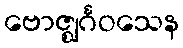
ဗောဇ္ဈင်္ဂဝသေန